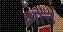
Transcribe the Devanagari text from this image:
ओत्त